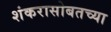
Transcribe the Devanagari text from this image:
शंकरासोबतच्या